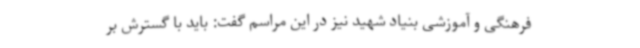
فرهنگی و آموزشی بنیاد شهید نیز در این مراسم گفت: باید با گسترش بر